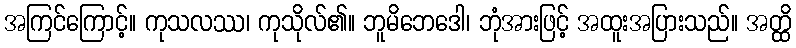
အကြင်ကြောင့်။ ကုသလဿ၊ ကုသိုလ်၏။ ဘူမိဘေဒေါ၊ ဘုံအားဖြင့် အထူးအပြားသည်။ အတ္ထိ